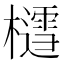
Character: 𪴐